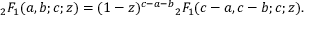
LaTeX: { } _ { 2 } F _ { 1 } ( a , b ; c ; z ) = ( 1 - z ) ^ { c - a - b } { } _ { 2 } F _ { 1 } ( c - a , c - b ; c ; z ) .